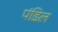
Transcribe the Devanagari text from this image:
पंडिल